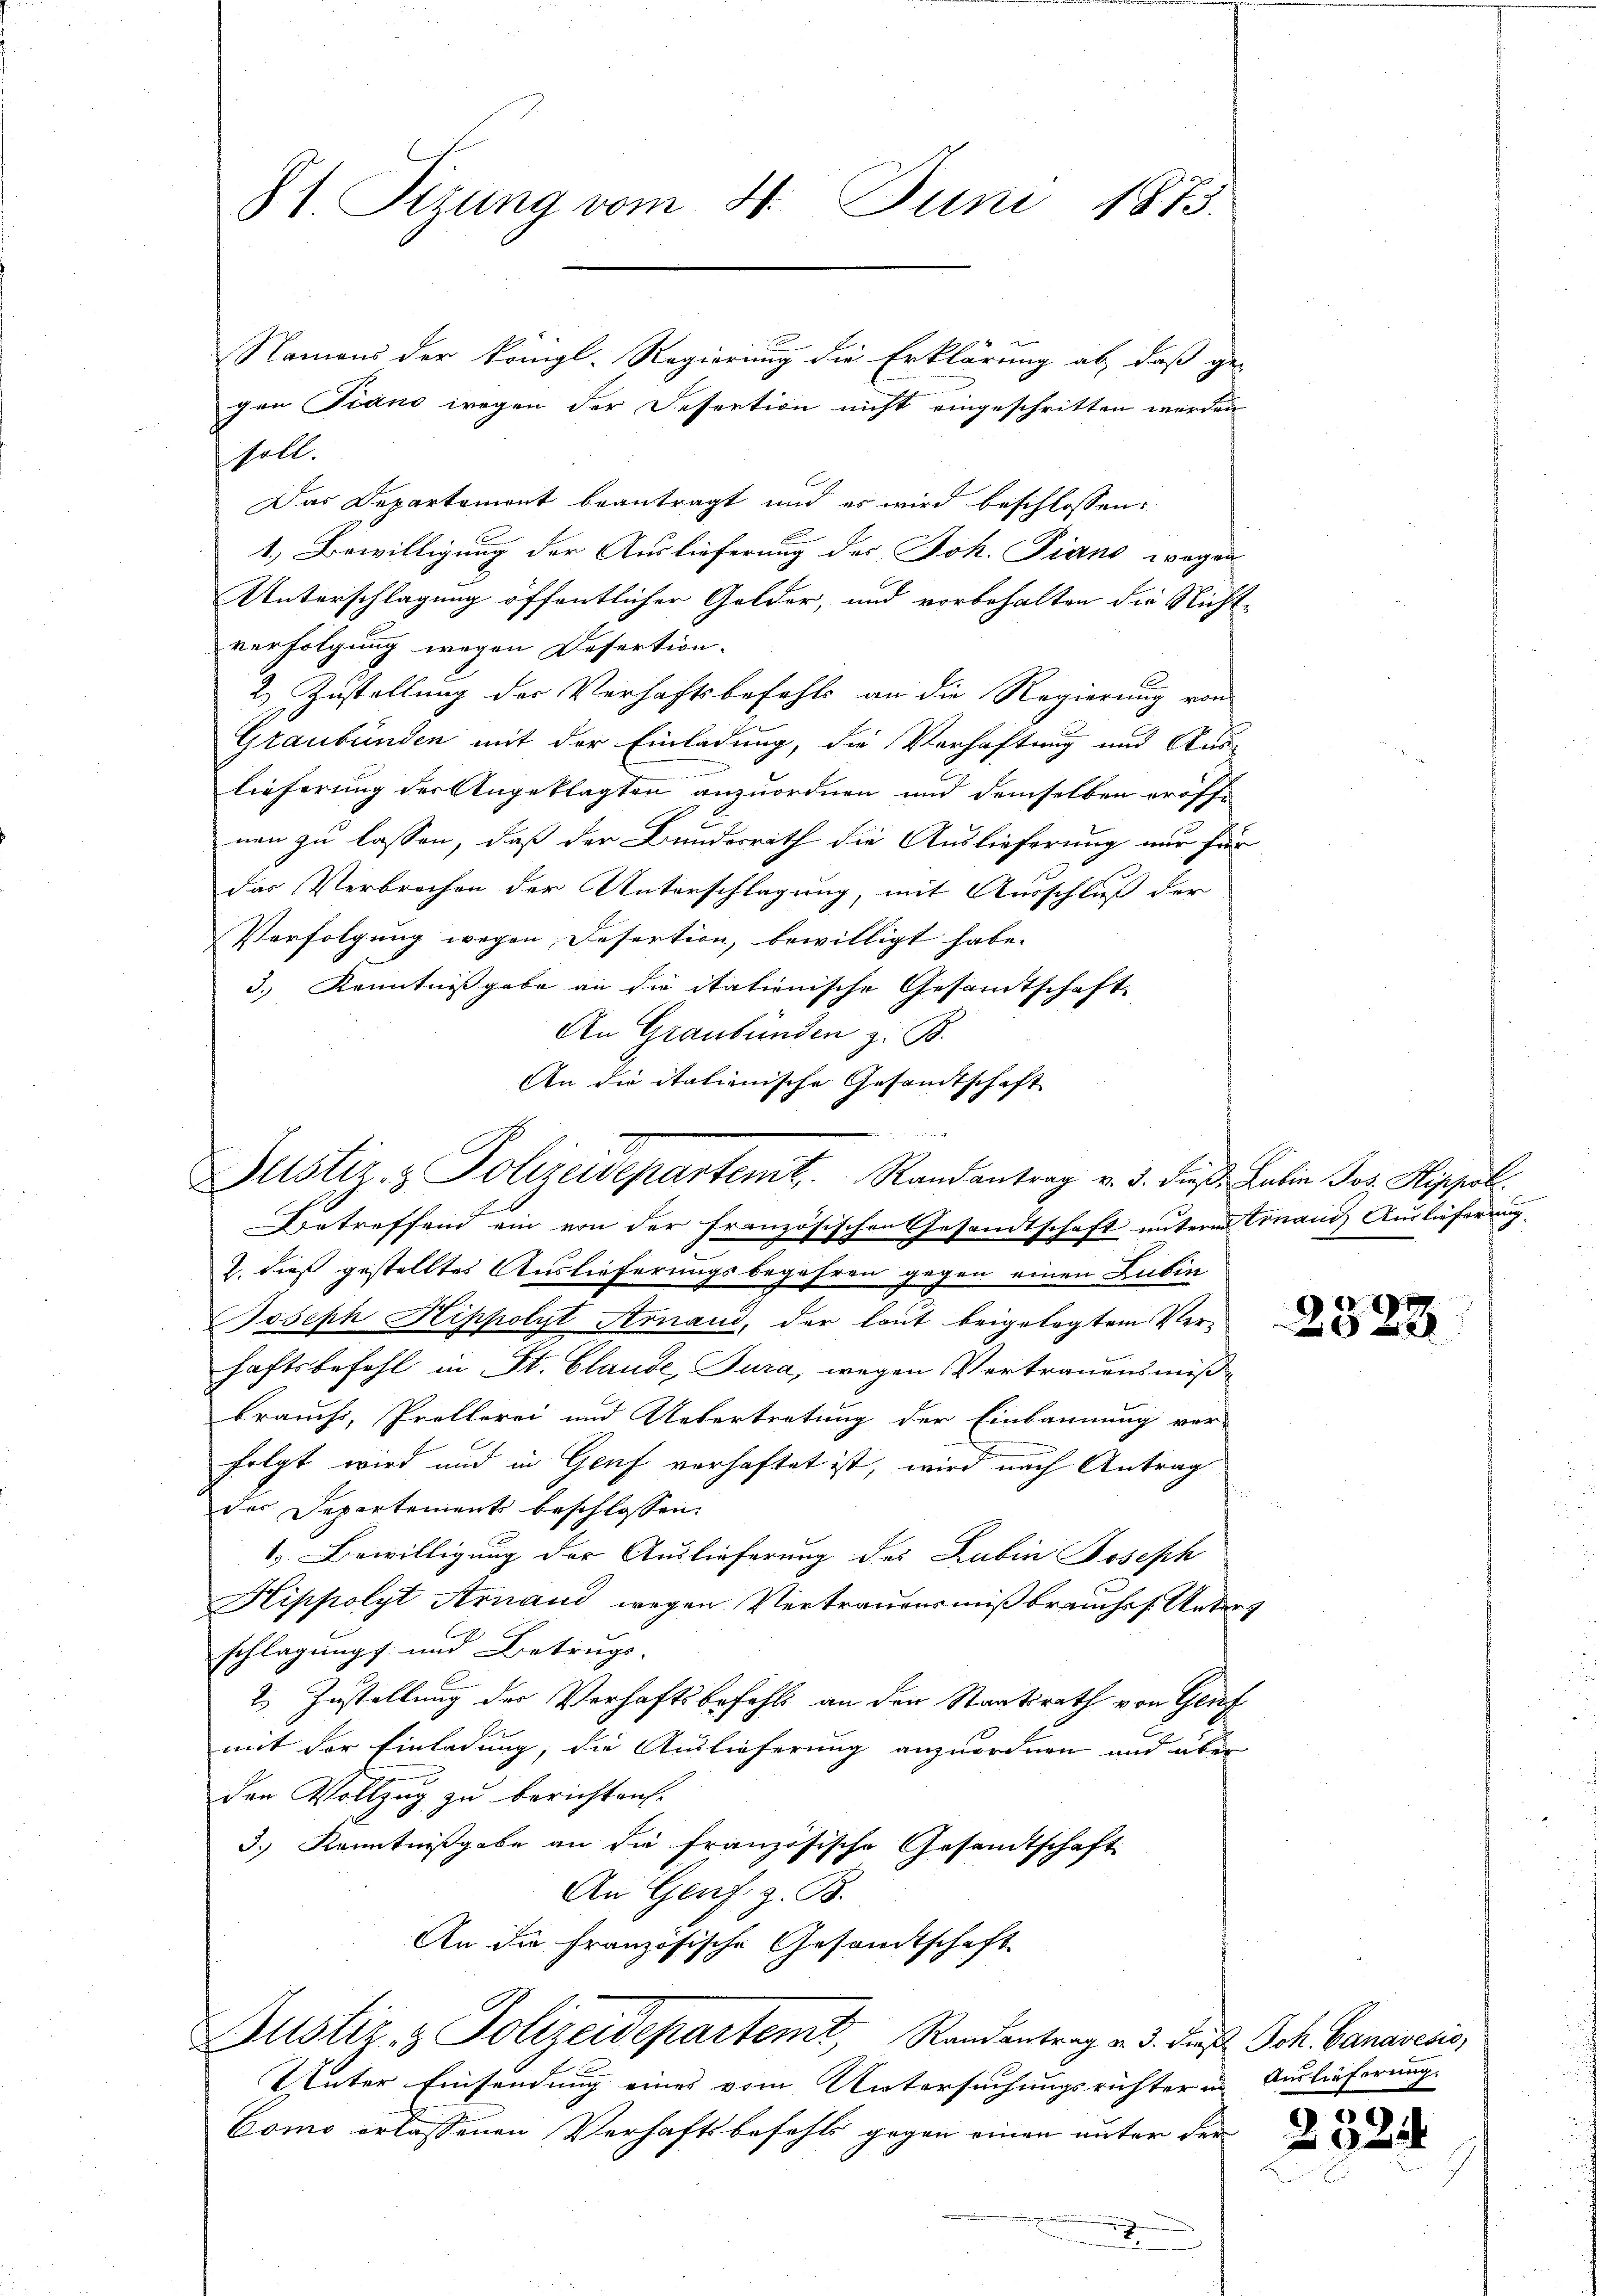
St. Sizung vom 4. Juni 1873.

Namens der Königl. Regierung die Erklärung ab, daß ge-
gen Piano wegen der Fessention nicht eingeschritten werden
soll.
Das Departemont beantragt und es wird beschlossen:
1. Bewilligung der Auslieferung des Joh. Piano wegen
Unterschlagung öffentlicher Golder, und vorbehalten die Nichtverfolgung wegen Desertion.
2.) Zustellung der Verhaftsbefehls an die Regierung von
Graubünden mit der Einladung, die Verhaftung und Stad

lieferung der Angeklagten anzuordnen und demselben eröffe
nen zu lassen, daß der Bundesrath die Auslieferung nur für
das Verbrechen der Unterschlagung, mit Ausschluß der
Verfolgung wegen Desertion, bewilligt habe. |
3.) Kenntnißgabe an die itationische Gesamtschaft
An Graubünden z. B.
An die italienische Gesandtschaft
Betreffend ein von der französischen Gesandtschaft unterm Tonand Auslieferung.
2. dieß gestelltes Auslieferungsbegehren gegen einen Lubin
Joseph Hippolyt Arnaud, der laut beigelegtem Verhaftsbefehl in St. Claude, Jura, wegen Vertrauensmißbrauchs, Prellerei und Uebertretung der Einbannung ver-
folgt wird und in Genf vorhaftet ist, wird nach Antrag
das Departements beschlossen:
1. Bewilligung der Auslieferung des Lubin Joseph
Hippolyt Arnand wegen Vertrauensmißbrauches Unterg
schlagungs- und Betrugs-
2.) Zustellung der Verhaftsbefehls an den Staatsrath von Genf
mit der Einladung, die Auslieferung anzuordnen und über
den Vollzug zu berichten.
3.) Kenntnißgabe an die französische Gesandtschaft
An Genf. z. B.
An die französische Gesandtschaft
Justiz- & Polizeidepartemt, Randentrag v. 3. die Joh. Bananesis,
Unter Einsendung eines vom Untersuchungsrichter in Auslieferung.
Como erlassenen Verhaftsbefehls gegen einen unter der
2

e
e
Justiz- & Polizeisepartemt. Randantrag v. 3. dieβ, Latin Jos. Hippol

2522

g
2022